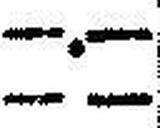
—.—